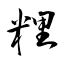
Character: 粴